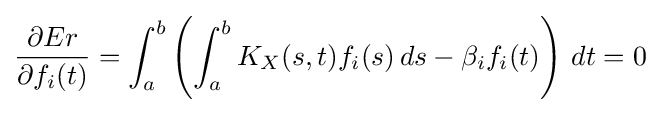
{\frac {\partial Er}{\partial f_{i}(t)}}=\int _{a}^{b}\left(\int _{a}^{b}K_{X}(s,t)f_{i}(s)\,ds-\beta _{i}f_{i}(t)\right)\,dt=0